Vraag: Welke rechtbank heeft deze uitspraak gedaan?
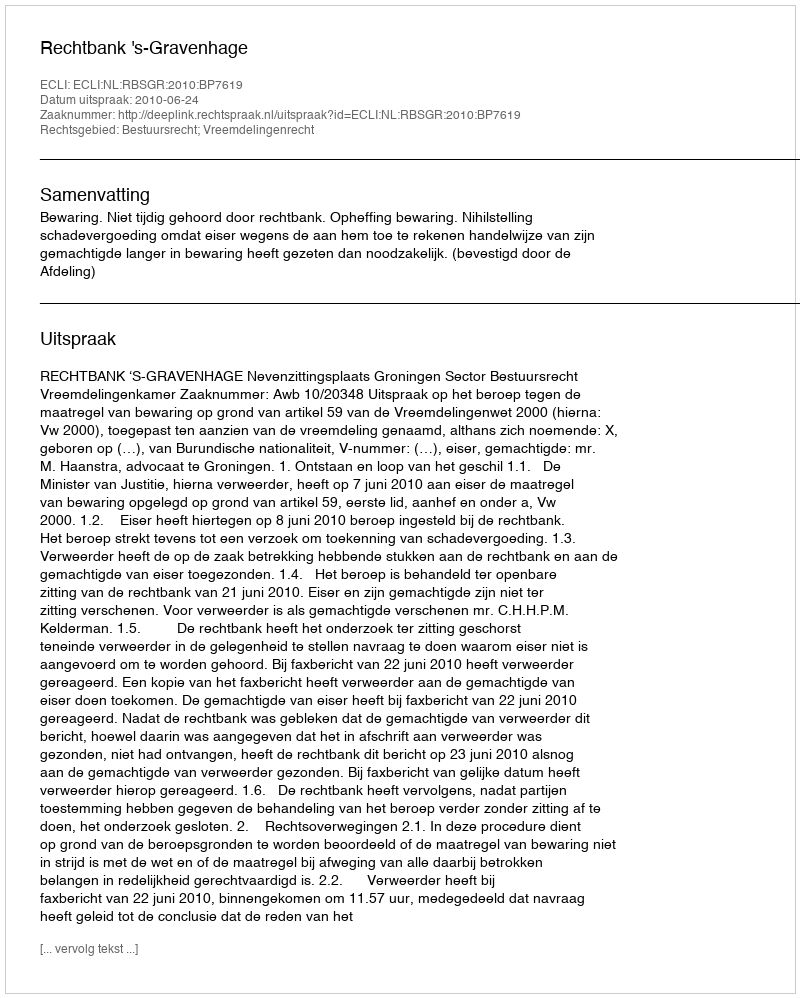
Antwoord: Rechtbank 's-Gravenhage